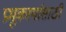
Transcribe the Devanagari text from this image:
प्रभूकार्यासाठी